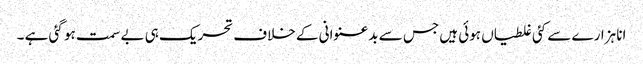
انا ہزارے سے کئی غلطیاں ہوئی ہیں جس سے بدعنوانی کے خلاف تحریک ہی بے سمت ہو گئی ہے ۔